Lunatic asylums in Bengal annual reports 1912-1924 - 1912-1924
Year: 1912
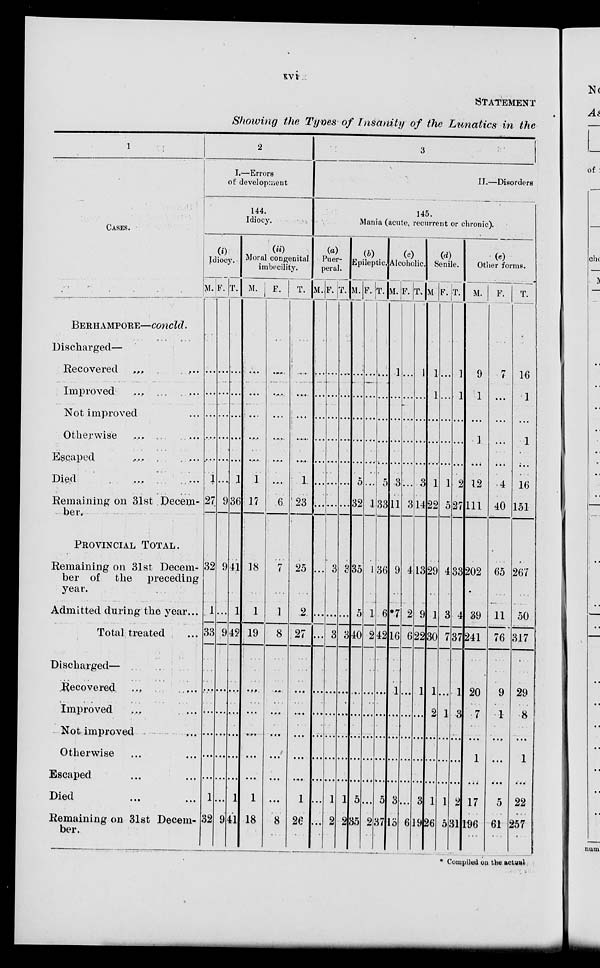
xvi
STATEMENT
Showing the Types of Insanity of the Lunatics in the
1
CASES.
BERHAMPORE—concld.
Discharged—
Recovered ... ...
Improved ... ...
Not improved ...
Otherwise ... ...
Escaped ... ...
Died ... ...
Remaining on 31st Decem-
ber.
PROVINCIAL TOTAL.
Remaining on 31st Decem-
ber of the
preceding
year.
Admitted during the year...
Total treated ...
Discharged—
Recovered ... ...
Improved ... ...
Not improved ... ...
Otherwise ... ...
Escaped ... ...
Died ... ...
Remaining on 31st Decem-
ber.
2
I.—Errors
of development
144.
Idiocy.
(i)
Idiocy.
M.
...
...
...
...
...
1
27
32
1
33
...
...
...
...
...
1
32
F.
...
...
...
...
...
...
9
9
...
9
...
...
...
...
...
...
9
T.
...
...
...
...
...
1
36
41
1
42
...
...
...
...
...
1
41
(ii)
Moral congenital
imbecility. M.
...
...
...
...
...
1
17
18
1
19
...
...
...
...
...
1
18
F.
...
...
...
...
...
...
6
7
1
8
...
...
...
...
...
...
8
T.
...
...
...
...
...
1
23
25
2
27
...
...
...
...
...
1
26
3
II.—Disorders
145.
Mania (acute, recurrent or chronic).
(a)
Puer-
peral.
M.
...
...
...
...
...
...
...
...
...
...
...
...
...
...
...
...
...
F.
...
...
...
...
...
...
...
3
...
3
...
...
...
...
...
1
2
T.
...
...
...
...
...
...
...
3
...
3
...
...
...
...
...
1
2
(b)
Epileptic.
M.
...
...
...
...
...
5
32
35
5
40
...
...
...
...
...
5
35
F.
...
...
...
...
...
...
1
1
1
2
...
...
...
...
...
...
2
T.
...
...
...
...
...
5
33
36
6
42
...
...
...
...
...
5
37
(c)
Alcoholic.
M.
1
...
...
...
...
3
11
9
7
16
1
...
...
...
...
3
13
F.
...
...
...
...
...
...
3
4
2
6
...
...
...
...
...
...
6
T.
1
...
...
...
...
3
14
13
9
22
1
...
...
...
...
3
19
(d)
Senile.
M.
1
1
...
...
...
1
22
29
1
30
1
2
...
...
...
1
26
F.
...
...
...
...
...
1
5
4
3
7
...
1
...
...
...
1
5
T.
1
1
...
...
...
2
27
33
4
37
1
3
...
...
...
2
31
(e)
Other forms.
M.
9
1
...
1
...
12
111
202
39
241
20
7
...
1
...
17
196
F.
7
...
...
...
...
4
40
65
11
76
9
1
...
...
...
5
61
T.
16
1
...
1
...
16
151
267
50
317
29
8
...
1
...
22
257
Compiled on the actual